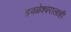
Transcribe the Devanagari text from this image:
ढवळेश्वरालाही